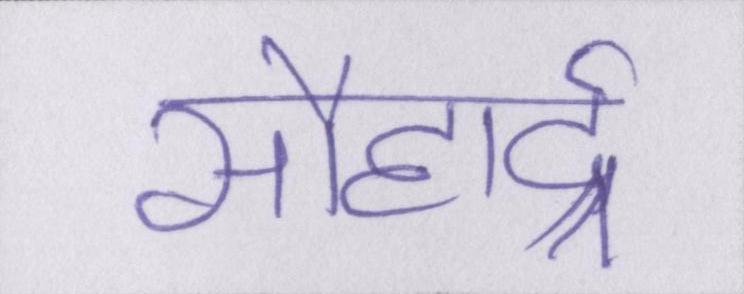
सौहार्द्र